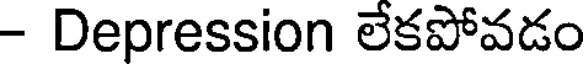
- Depression లేకపోవడం